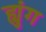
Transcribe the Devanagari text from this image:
ह्युंग